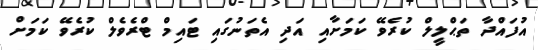
އުފައްދާ ތަޙްލީލް ކުރެވޭ ކަމަށާއި އަދި އެތަނުގައި ޓައިމް ޓްރެވެލް ކުރެވޭ ކަމަށް